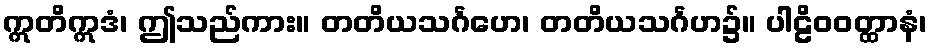
ဣတိဣဒံ၊ ဤသည်ကား။ တတိယသင်္ဂဟေ၊ တတိယသင်္ဂဟ၌။ ပါဠိဝဝတ္ထာနံ၊